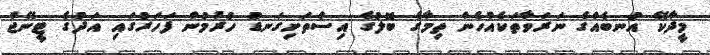
މީދާކޭ އުނބެއްގެ ނަރަވާތަކެއްހެން ތިމާގެ ބޮލުގެ އިސްތަށިގަނޑު ހުރުމުން ފަހަރުގައި އަދުގެ ޓީނޭޖް